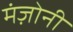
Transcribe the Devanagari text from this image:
मंज़ोनी